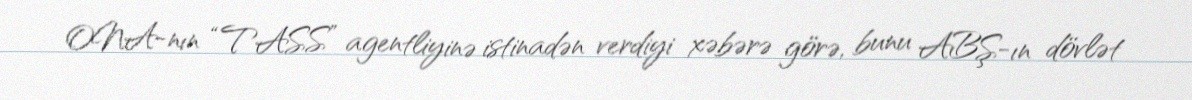
ONA-nın “TASS” agentliyinə istinadən verdiyi xəbərə görə, bunu ABŞ-ın dövlət